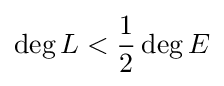
\operatorname {deg} L<{1 \over 2}\operatorname {deg} E